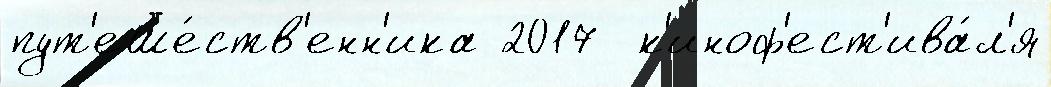
пут'еше́ств'енн'ика 2017  к'иноф'ест'ива́л'я